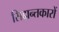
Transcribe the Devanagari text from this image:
सिद्दान्तकारों